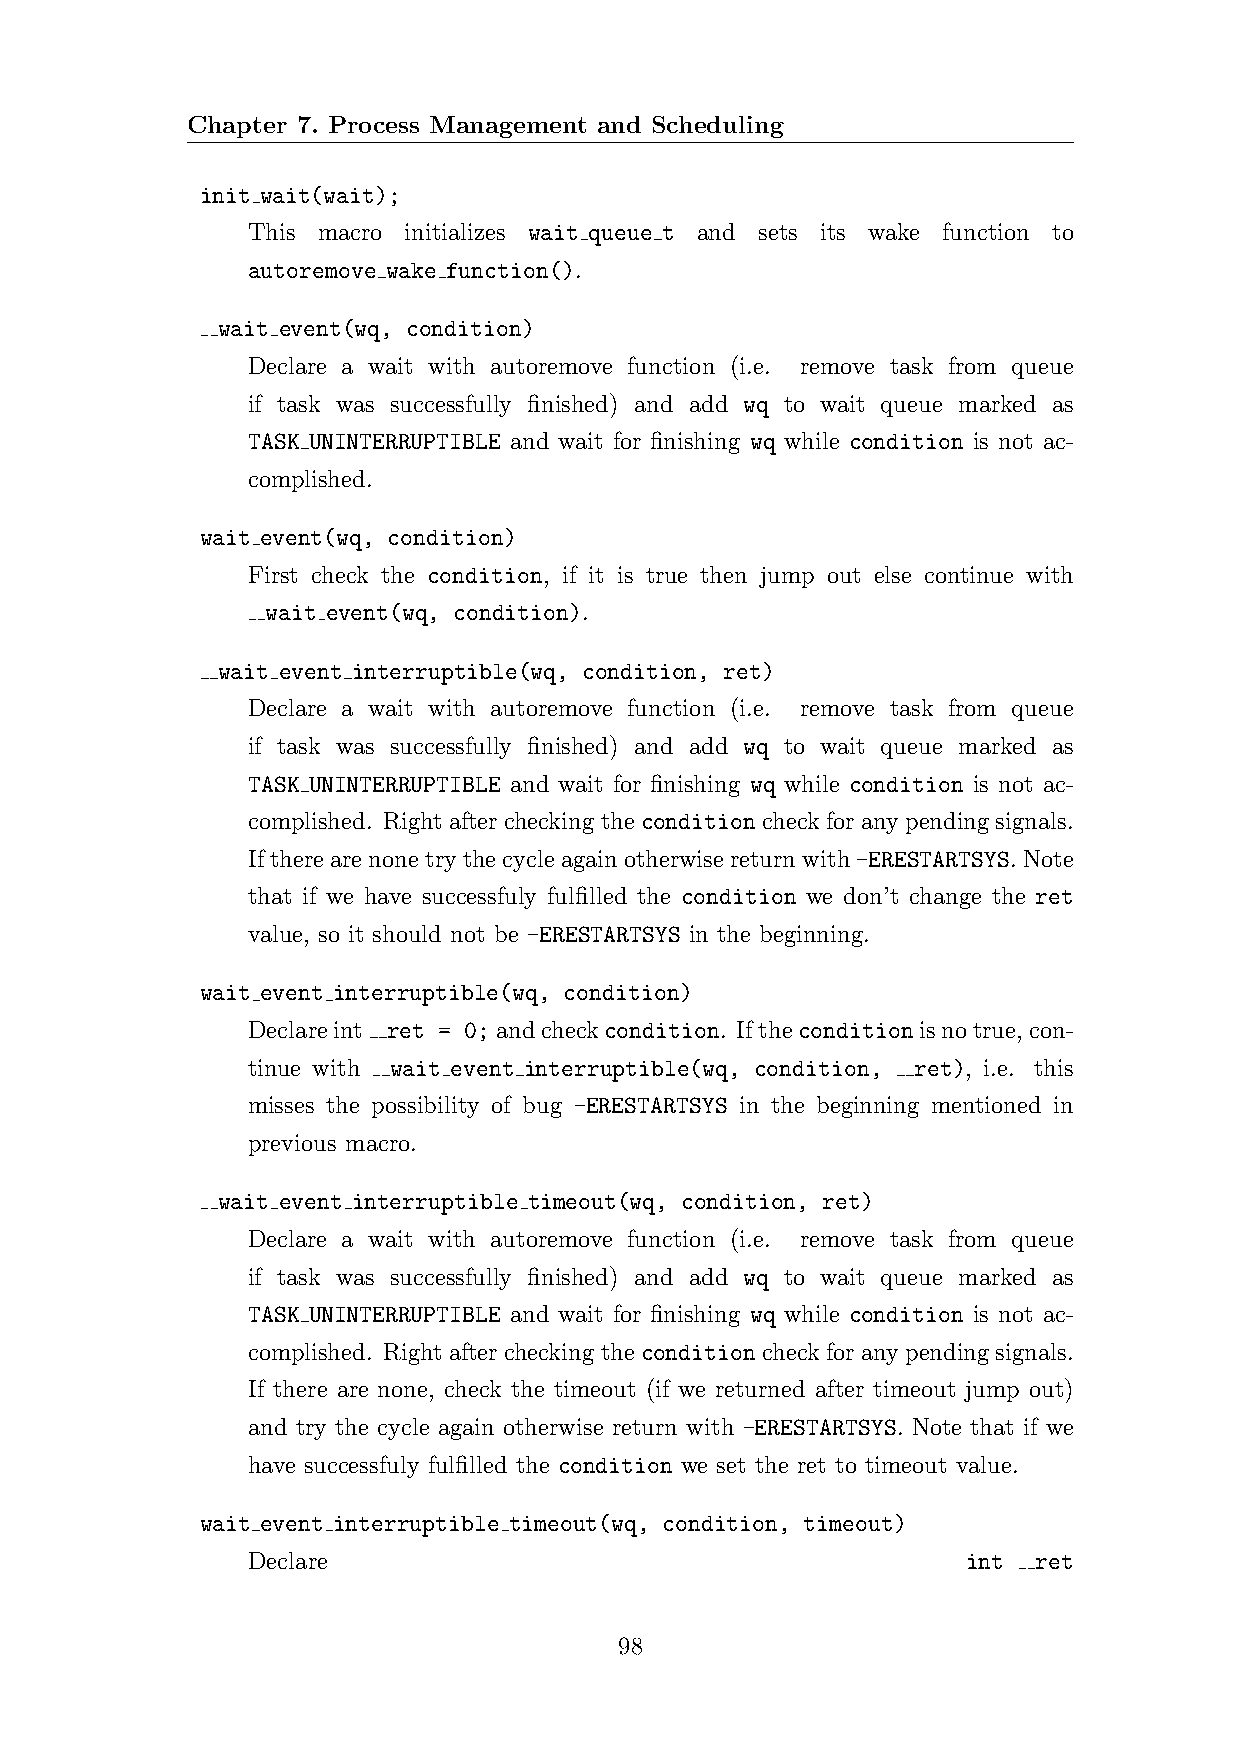
Chapter 7. Process Management and Scheduling
 init wait(wait);
 This macro initializes wait queue t and sets its wake function to
 autoremove wake function().
 wait event(wq, condition)
 Declare a wait with autoremove function (i.e. remove task from queue
 if task was successfully finished) and add wq to wait queue marked as
 TASK UNINTERRUPTIBLE and wait for finishing wq while condition is not ac-
 complished.
 wait event(wq, condition)
 First check the condition, if it is true then jump out else continue with
 wait event(wq, condition).
 wait event interruptible(wq, condition, ret)
 Declare a wait with autoremove function (i.e. remove task from queue
 if task was successfully finished) and add wq to wait queue marked as
 TASK UNINTERRUPTIBLE and wait for finishing wq while condition is not ac-
 complished. Rightaftercheckingtheconditioncheckforanypendingsignals.
 Iftherearenonetrythecycleagainotherwisereturnwith-ERESTARTSYS.Note
 that if we have successfuly fulfilled the condition we don’t change the ret
 value, so it should not be -ERESTARTSYS in the beginning.
 wait event interruptible(wq, condition)
 Declareint ret = 0; andcheckcondition. Iftheconditionisnotrue,con-
 tinue with wait event interruptible(wq, condition, ret), i.e. this
 misses the possibility of bug -ERESTARTSYS in the beginning mentioned in
 previous macro.
 wait event interruptible timeout(wq, condition, ret)
 Declare a wait with autoremove function (i.e. remove task from queue
 if task was successfully finished) and add wq to wait queue marked as
 TASK UNINTERRUPTIBLE and wait for finishing wq while condition is not ac-
 complished. Rightaftercheckingtheconditioncheckforanypendingsignals.
 If there are none, check the timeout (if we returned after timeout jump out)
 and try the cycle again otherwise return with -ERESTARTSYS. Note that if we
 have successfuly fulfilled the condition we set the ret to timeout value.
 wait event interruptible timeout(wq, condition, timeout)
 Declare                                         int ret
 98